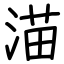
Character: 渵